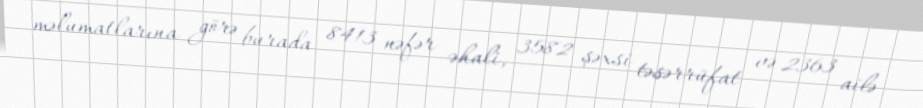
məlumatlarına görə burada 8413 nəfər əhali, 3582 şəxsi təsərrüfat və 2363 ailə